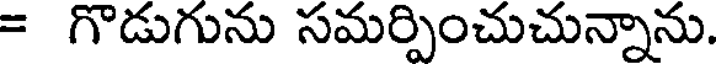
= గొడుగును సమర్పించుచున్నాను.